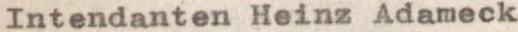
Intendanten Heinz Adameck